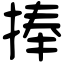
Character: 捧